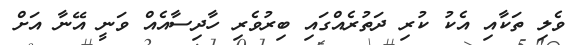
ވެލި ތަކާއި އެކު ކުރި ދަތުރެއްގައި ބިރުވެރި ހާދިސާއެއް ވަނީ އޭނާ އަށް